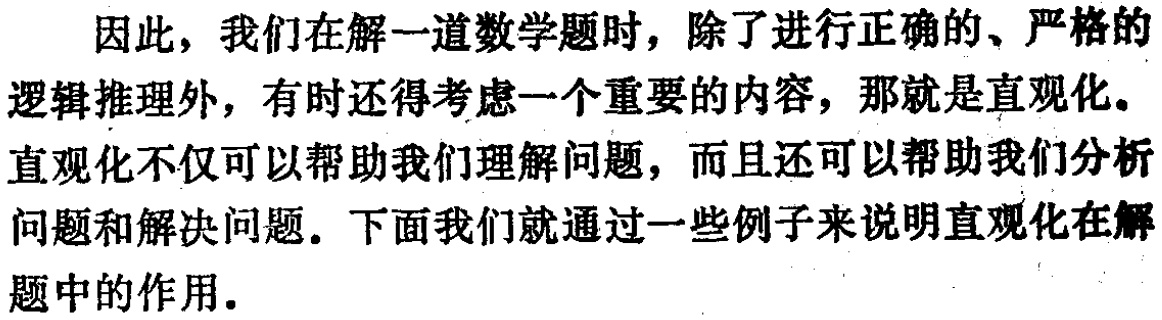
因此，我们在解一道数学题时，除了进行正确的、严格的逻辑推理外，有时还得考虑一个重要的内容，那就是直观化。直观化不仅可以帮助我们理解问题，而且还可以帮助我们分析问题和解决问题。下面我们就通过一些例子来说明直观化在解题中的作用。